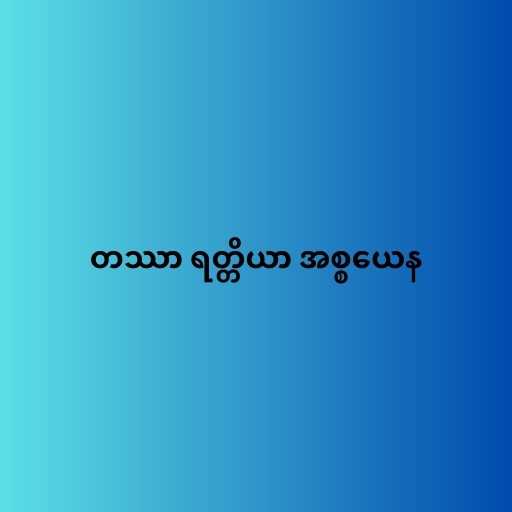
တဿာ ရတ္တိယာ အစ္စယေန